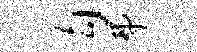
勾弗